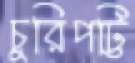
চুরিপট্টি